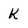
Character: k